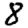
Digit: 8